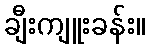
ချီးကျူးခန်း။